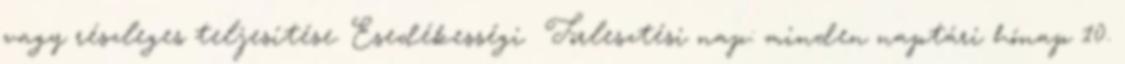
vagy részleges teljesítése. Esedékességi Törlesztési nap: minden naptári hónap 10.